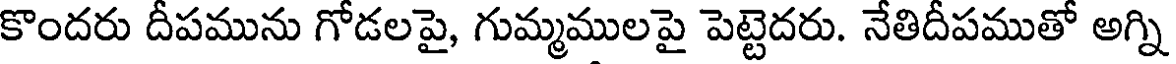
కొందరు దీపమును గోడలపై, గుమ్మములపై పెట్టెదరు. నేతిదీపముతో అగ్ని